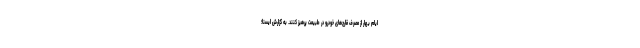
ایام بهار از مصرف قارچ‌های خودرو در طبیعت پرهیز کنند. به گزارش ایسنا؛